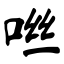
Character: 咝